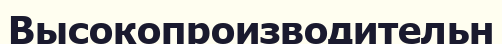
Высокопроизводительн